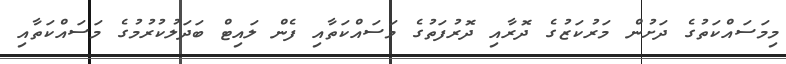
މިމަސައްކަތުގެ ދަށުން މަރުކަޒުގެ ދޮރާއި ދޮރުފަތުގެ މަސައްކަތާއި ފެން ލައިޓް ބަދަލުކުރުމުގެ މަސައްކަތާއި